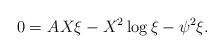
LaTeX: \begin{align*} 0 =&\ A X \xi - X^2 \log \xi - \psi^2 \xi.\end{align*}